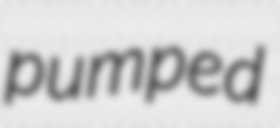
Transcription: pumped